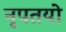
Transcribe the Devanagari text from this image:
नृपतयो